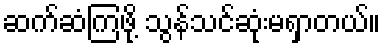
ဆက်ဆံကြဖို့ သွန်သင်ဆုံးမရှာတယ်။